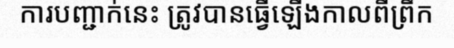
ការបញ្ជាក់នេះ ត្រូវបានធ្វើឡើងកាលពីព្រឹក